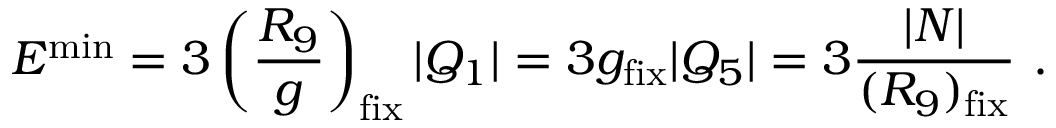
E ^ { \mathrm { m i n } } = 3 \left( { \frac { R _ { 9 } } { g } } \right) _ { \mathrm { f i x } } | Q _ { 1 } | = 3 g _ { \mathrm { f i x } } | Q _ { 5 } | = 3 { \frac { | N | } { ( R _ { 9 } ) _ { \mathrm { f i x } } } } \ .